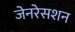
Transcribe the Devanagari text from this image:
जेनरेसशन